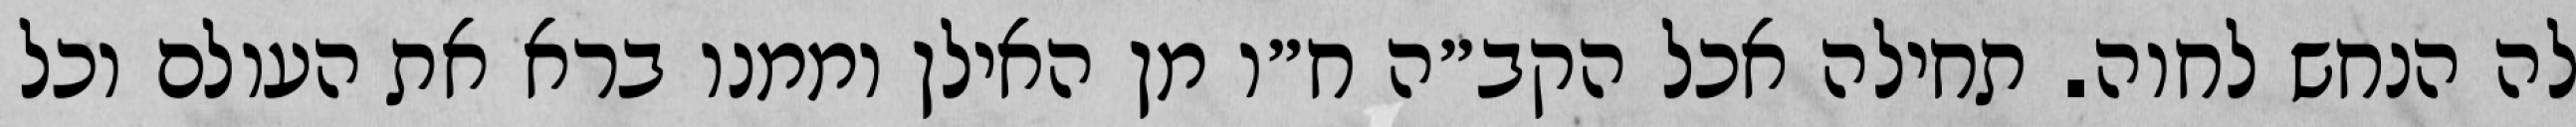
לה הנחש לחוה. תחילה אכל הקב״ה ח״ו מן האילן וממנו ברא את העולם וכל